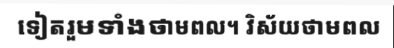
ទៀតរួមទាំងថាមពល។ វិស័យថាមពល